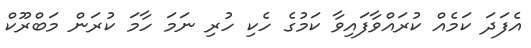
އެފަދަ ކަމެއް ކުރައްވާފައިވާ ކަމުގެ ހެކި ހުރި ނަމަ ހާމަ ކުރަން މަބްރޫކް